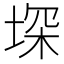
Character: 堔